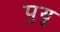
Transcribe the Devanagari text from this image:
पुयु